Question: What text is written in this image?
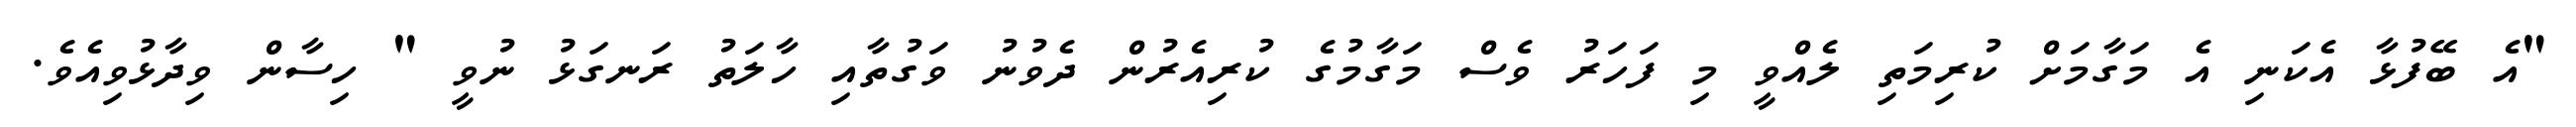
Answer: "އެ ބޭފުޅާ އެކަނި އެ މަގާމަށް ކުރިމަތި ލެއްވީ މި ފަހަރު ވެސް މަގާމުގެ ކުރިއެރުން ދެވުނު ވަގުތާއި ހާލަތު ރަނގަޅު ނުވީ " ހިސާން ވިދާޅުވިއެވެ.